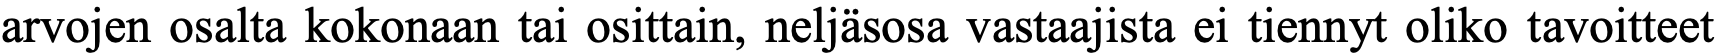
arvojen osalta kokonaan tai osittain, neljäsosa vastaajista ei tiennyt oliko tavoitteet